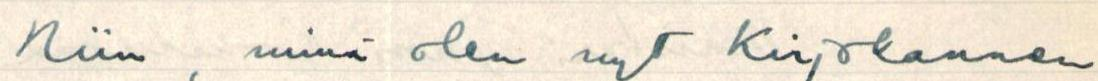
Niin, minä olen nyt Kirjokannen